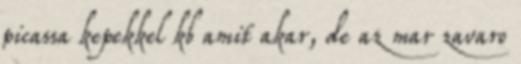
picassa kepekkel kb amit akar, de az mar zavaro